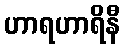
ဟာရဟာရိနီ